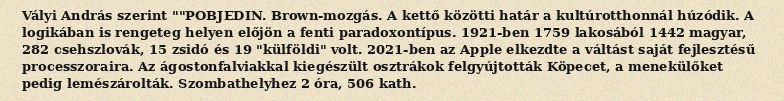
Vályi András szerint ""POBJEDIN. Brown-mozgás. A kettő közötti határ a kultúrotthonnál húzódik. A logikában is rengeteg helyen előjön a fenti paradoxontípus. 1921-ben 1759 lakosából 1442 magyar, 282 csehszlovák, 15 zsidó és 19 "külföldi" volt. 2021-ben az Apple elkezdte a váltást saját fejlesztésű processzoraira. Az ágostonfalviakkal kiegészült osztrákok felgyújtották Köpecet, a menekülőket pedig lemészárolták. Szombathelyhez 2 óra, 506 kath.